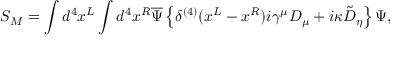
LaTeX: S _ { M } = \int d ^ { 4 } x ^ { L } \int d ^ { 4 } x ^ { R } \overline { { { \Psi } } } \left\{ \delta ^ { ( 4 ) } ( x ^ { L } - x ^ { R } ) i \gamma ^ { \mu } D _ { \mu } + i \kappa \tilde { D } _ { \eta } \right\} \Psi ,